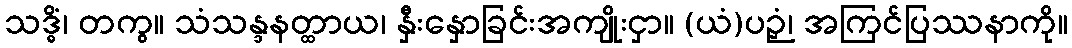
သဒ္ဓိံ၊ တကွ။ သံသန္ဒနတ္ထာယ၊ နှီးနှောခြင်းအကျိုးငှာ။ (ယံ)ပဉှံ၊ အကြင်ပြဿနာကို။